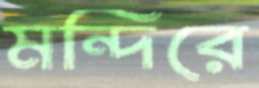
মন্দিরে